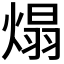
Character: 𤌙